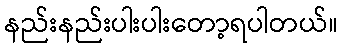
နည်းနည်းပါးပါးတော့ရပါတယ်။